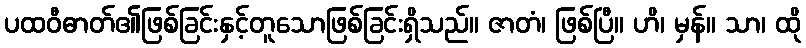
ပထဝီဓာတ်၏ဖြစ်ခြင်းနှင့်တူသောဖြစ်ခြင်းရှိသည်။ ဇာတံ၊ ဖြစ်ပြီ။ ဟိ၊ မှန်။ သာ၊ ထို